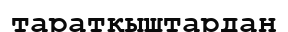
таратқыштардан